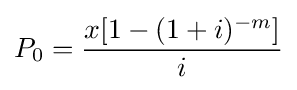
P_{0}={\dfrac {x[1-(1+i)^{-m}]}{i}}